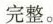
完整。